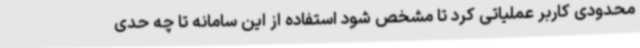
محدودی کاربر عملیاتی کرد تا مشخص شود استفاده از این سامانه تا چه حدی